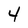
Character: 4